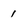
Character: 1